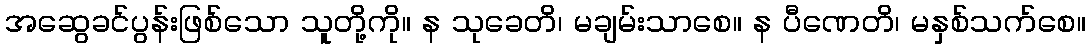
အဆွေခင်ပွန်းဖြစ်သော သူတို့ကို။ န သုခေတိ၊ မချမ်းသာစေ။ န ပီဏေတိ၊ မနှစ်သက်စေ။